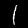
Label: 1